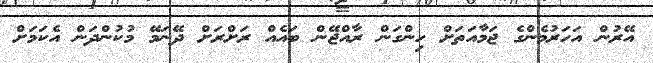
އޭރުން އަހަރުމެންގެ ޖަމާއަތަށް ހިންގަން ރާއްޖޭން ބައެއް ރަށްރަށް ދޭނަމޭ މުކުންދަން އެކަމަށް